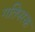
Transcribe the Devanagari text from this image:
गतिपरक